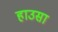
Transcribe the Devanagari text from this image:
हाउसा